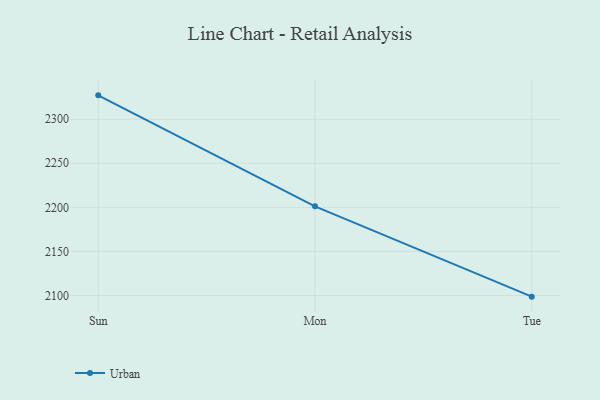
{"axis": {"x": "Day", "y": "Page Views"}, "legend": ["Urban"], "data": [{"x": "Sun", "y": 2327.1, "type": "Urban"}, {"x": "Mon", "y": 2201.1, "type": "Urban"}, {"x": "Tue", "y": 2098.6, "type": "Urban"}]}